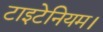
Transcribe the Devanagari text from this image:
टाइटेनियम।